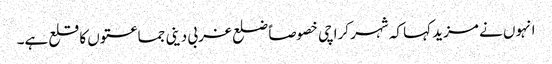
انہوں نے مزید کہا کہ شہر کراچی خصوصاًً ضلع غربی دینی جماعتوں کا قلع ہے۔